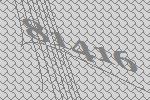
81416